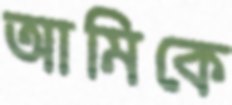
আমিকে